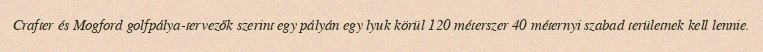
Crafter és Mogford golfpálya-tervezők szerint egy pályán egy lyuk körül 120 méterszer 40 méternyi szabad területnek kell lennie.